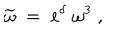
LaTeX: \widetilde { \omega } \; = \; e ^ { \delta } \; \omega ^ { 3 } \; ,